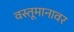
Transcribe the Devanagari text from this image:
वस्तूमानावर